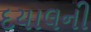
દયાલની